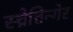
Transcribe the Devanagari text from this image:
स्च्रेत्तिन्गेर